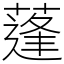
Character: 蓬